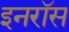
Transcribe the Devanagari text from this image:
इनरॉस